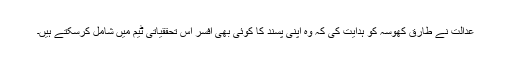
عدالت نے طارق کھوسہ کو ہدایت کی کہ وہ اپنی پسند کا کوئی بھی افسر اس تحققیاتی ٹیم میں شامل کرسکتے ہیں۔